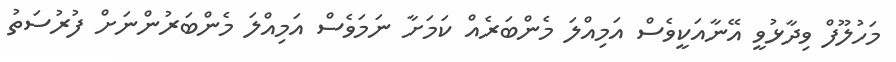
މަހުލޫފް ވިދާޅުވީ އޭނާއަކީވެސް އަމިއްލަ މެންބަރެއް ކަމަށާ ނަމަވެސް އަމިއްލަ މެންބަރުންނަށް ފުރުސަތު